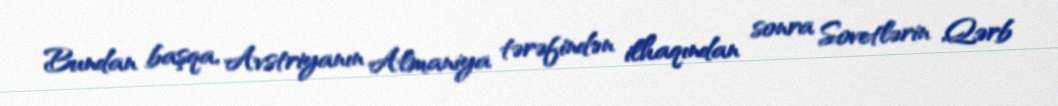
Bundan başqa, Avstriyanın Almaniya tərəfindən ilhaqından sonra Sovetlərin Qərb